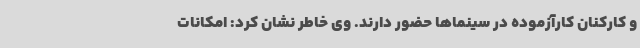
و کارکنان کارآزموده در سینماها حضور دارند. وی خاطر نشان کرد: امکانات